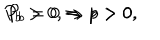
P _ { b } > 0 , \Rightarrow p > 0 , \hspace { 1 c m } P _ { b } = 0 \Rightarrow p > 0 .